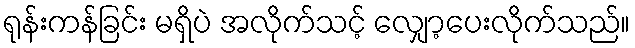
ရုန်းကန်ခြင်း မရှိပဲ အလိုက်သင့် လျှော့ပေးလိုက်သည်။